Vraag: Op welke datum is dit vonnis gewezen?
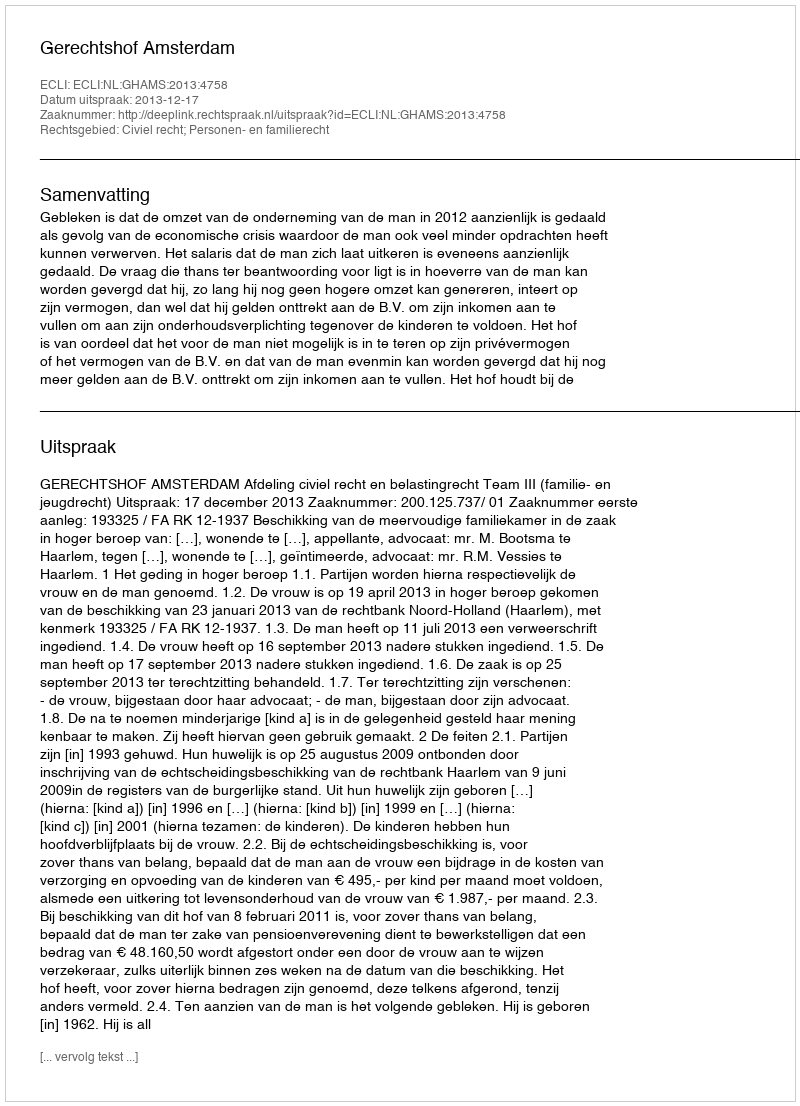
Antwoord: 2013-12-17